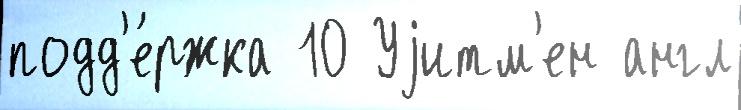
подд'е́ржка 10 Уjитм'ен англ